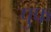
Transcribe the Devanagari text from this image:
पुफ